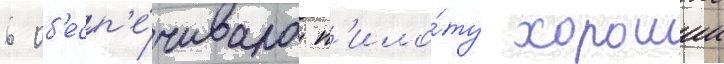
6 об'есп'е́чивала п'ило́ту хорошии